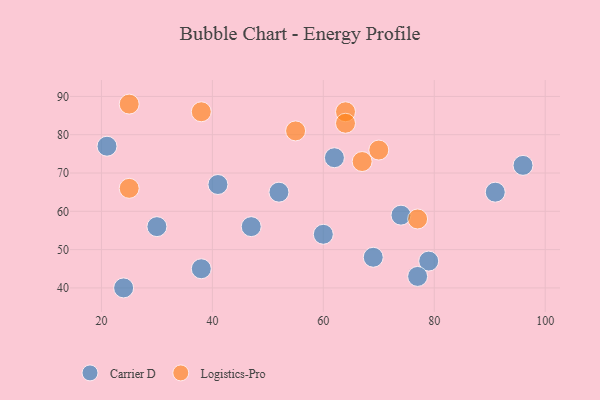
{"axis": {"x": "GDP", "y": "Life Expectancy"}, "legend": ["Carrier D", "Logistics-Pro"], "data": [{"x": "24", "y": 40, "type": "Carrier D"}, {"x": "38", "y": 45, "type": "Carrier D"}, {"x": "60", "y": 54, "type": "Carrier D"}, {"x": "41", "y": 67, "type": "Carrier D"}, {"x": "69", "y": 48, "type": "Carrier D"}, {"x": "91", "y": 65, "type": "Carrier D"}, {"x": "79", "y": 47, "type": "Carrier D"}, {"x": "52", "y": 65, "type": "Carrier D"}, {"x": "30", "y": 56, "type": "Carrier D"}, {"x": "96", "y": 72, "type": "Carrier D"}, {"x": "77", "y": 43, "type": "Carrier D"}, {"x": "74", "y": 59, "type": "Carrier D"}, {"x": "62", "y": 74, "type": "Carrier D"}, {"x": "21", "y": 77, "type": "Carrier D"}, {"x": "47", "y": 56, "type": "Carrier D"}, {"x": "55", "y": 81, "type": "Logistics-Pro"}, {"x": "64", "y": 86, "type": "Logistics-Pro"}, {"x": "38", "y": 86, "type": "Logistics-Pro"}, {"x": "25", "y": 66, "type": "Logistics-Pro"}, {"x": "77", "y": 58, "type": "Logistics-Pro"}, {"x": "67", "y": 73, "type": "Logistics-Pro"}, {"x": "70", "y": 76, "type": "Logistics-Pro"}, {"x": "64", "y": 83, "type": "Logistics-Pro"}, {"x": "25", "y": 88, "type": "Logistics-Pro"}]}